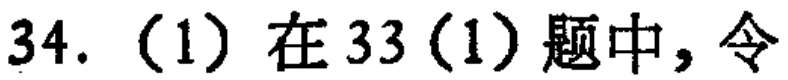
34. (1) 在33 (1) 题中，令